Lunatic asylums in Bengal annual reports 1899-1911 - 1899-1911
Year: 1899
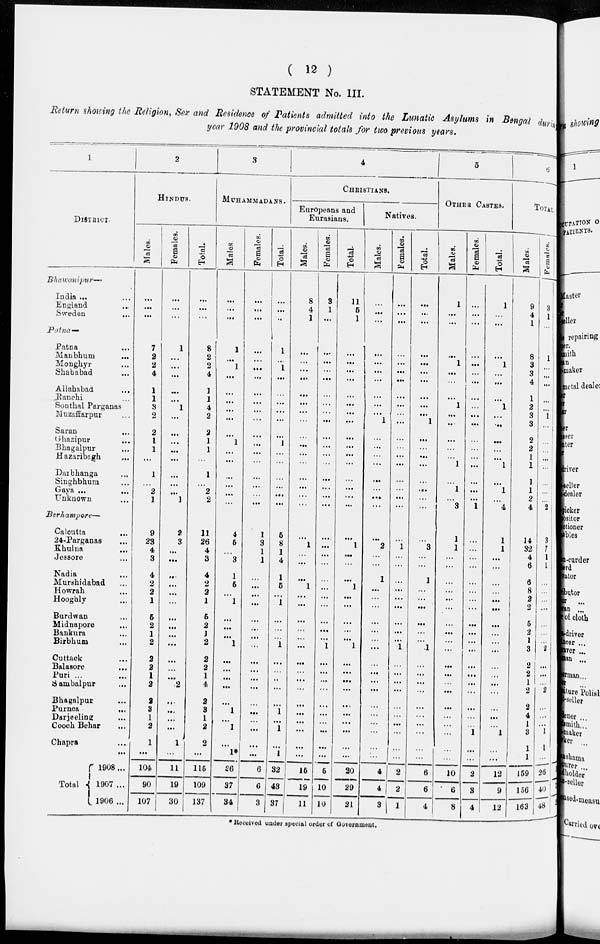
( 12 )
STATEMENT No. III.
Return showing the Religion, Sex and Residence of Patients admitted into the Lunatic Asylums in Bengal during
year 1908 and the provincial totals for two previous years.
1
DISTRICT.
Bhawanipur—
India ...
England
...
Sweden ...
Patna —
Patna ...
Manbhum ...
Monghyr ...
Shahabad
...
Allahabad ...
Ranchi ...
Sonthal Parganas
Muzaffarpur ...
Saran ...
Ghasipur
...
Bhagalpur ...
Hazaribagh
...
Darbhanga ...
Singhbhum ...
Gaya ...
...
Unknown ...
Berhampore—
Calcutta ...
24-Parganas ...
Khulna ...
Jessore ...
Nadia ...
Murshidabad ...
Howrah ...
Hooghly ...
Burdwan ...
Midnapore ...
Bankura ...
Birbhum ...
Cuttack ...
Balasore ...
Puri ... ...
Sambalpur ...
Bhagalpur ...
Purnea ...
Darjeeling ...
Cooch Behar ...
Chapra ...
...
2
HINDUS.
Males.
...
...
...
7
2
2
4
1
1
3
2
2
1
1
...
1
...
2
1
9
23
4
3
4
2
2
1
5
2
1
2
2
2
1
2
2
3
1
2
1
...
Females.
...
...
...
1
...
...
...
...
...
1
...
...
...
...
...
...
...
...
1
2
3
...
...
...
...
...
...
...
...
...
...
...
...
...
2
...
...
...
...
1
...
Total.
...
...
...
8
2
2
4
1
1
4
2
2
1
1
...
1
...
2
2
11
26
4
3
4
2
2
1
5
2
1
2
2
2
1
4
2
3
1
2
2
...
3
MUHAMMADANS.
Males
...
...
...
1
...
1
...
...
...
...
...
...
1
...
...
...
...
...
...
4
6
...
3
1
5
...
1
...
...
...
1
...
...
...
...
...
1
...
1
...
1*
Females.
...
...
...
...
...
...
...
...
...
...
...
...
...
...
...
...
...
...
...
1
3
1
1
...
...
...
...
...
...
...
...
...
...
...
...
...
...
...
...
...
...
Total.
...
...
...
1
...
1
...
...
...
...
...
...
1
...
...
...
...
...
...
5
8
1
4
1
5
...
1
...
...
...
1
...
...
...
...
...
1
...
1
...
1
4
CHRISTIANS.
Europeans and
Eurasians.
Males.
8
4
1
...
...
...
...
...
...
...
...
...
...
...
...
...
...
...
...
...
1
...
...
...
1
...
...
...
...
...
...
...
...
...
...
...
...
...
...
...
...
Females.
3
1
...
...
...
...
...
...
...
...
...
...
...
...
...
...
...
...
...
...
...
...
...
...
...
...
...
...
...
...
1
...
...
...
...
...
...
...
...
...
...
Total.
11
5
1
...
...
...
...
...
...
...
...
...
...
...
...
...
...
...
...
...
...
1
...
...
...
1
...
...
...
...
...
1
...
...
...
...
...
...
...
...
...
...
Natives.
Males.
...
...
...
...
...
...
...
...
...
...
1
...
...
...
...
...
...
...
...
...
2
...
...
1
...
...
...
...
...
...
...
...
...
...
...
...
...
...
...
...
...
Females.
...
...
...
...
...
...
...
...
...
...
...
...
...
...
...
...
...
...
...
...
1
...
...
...
...
...
...
...
...
...
1
...
...
...
...
...
...
...
...
...
...
Total.
...
...
...
...
...
...
...
...
...
...
1
...
...
...
...
...
...
...
...
...
3
...
...
1
...
...
...
...
...
...
1
...
...
...
...
...
...
...
...
...
...
5
OTHER CASTES.
Males.
1
...
...
...
1
...
...
...
1
...
...
...
...
...
1
...
1
...
3
1
1
...
...
...
...
...
...
...
...
...
...
...
...
...
...
...
...
...
...
...
...
Females.
...
...
...
...
...
...
...
...
...
...
...
...
...
...
...
...
...
...
1
...
...
...
...
...
...
...
...
...
...
...
...
...
...
...
...
...
...
...
1
...
...
Total.
1
...
...
...
1
...
...
...
1
...
...
...
...
...
1
...
1
...
4
1
1
...
...
...
...
...
...
...
...
...
...
...
...
...
...
...
...
...
1
...
...
6
TOTAL.
Males.
9
4
1
8
3
3
4
1
2
3
3
2
2
1
1
1
1
2
4
14
32
4
6
6
8
2
2
5
2
1
3
2
2
1
2
2
4
1
3
1
1
Females.
3
1
...
1
...
...
...
...
...
1
...
...
...
...
...
...
...
...
2
3
7
1
1
...
...
...
...
...
...
...
2
...
...
...
2
...
...
...
1
1
...
Total
1908...
1907 ...
1906 ...
104
90
107
11
19
30
115
109
137
26
37
34
6
6
3
32
43
37
15
19
11
5
10
10
20
29
21
4
4
3
2
2
1
6
6
4
10
6
8
2
3
4
12
9
12
159
156
163
26
40
48
* Received under special order of Government.